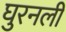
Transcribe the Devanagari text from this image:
घुरनली